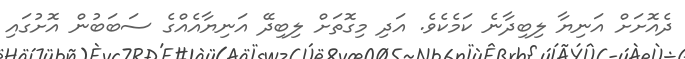
ދެއޮށަށް އަނިޔާ ލިބިދާނެ ކަމެކެވެ. އަދި މިގޮތަށް ލިބިދޭ އަނިޔާއެއްގެ ސަބަބުން އޮށުގައި